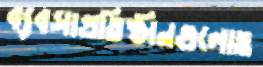
ব্যবসাপ্রতিষ্ঠানগুলোও